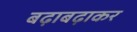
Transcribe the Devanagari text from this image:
बढ़ाबढ़ाकर